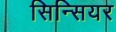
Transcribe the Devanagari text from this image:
सिन्सियर